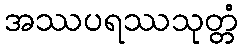
အဿပရဿသုတ္တံ